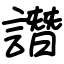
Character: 譖